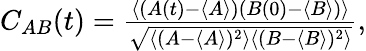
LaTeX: \begin{array}{r}{C_{AB}(t)=\frac{\left\langle(A(t)-\langle A\rangle)(B(0)-\langle B\rangle)\right\rangle}{\sqrt{\left\langle(A-\langle A\rangle)^{2}\right\rangle\left\langle(B-\langle B\rangle)^{2}\right\rangle}},}\end{array}